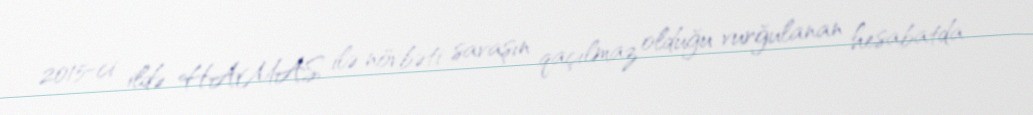
2015-ci ildə HAMAS ilə növbəti savaşın qaçılmaz olduğu vurğulanan hesabatda